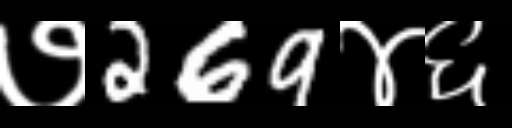
Text: ७269४६